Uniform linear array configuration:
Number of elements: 12
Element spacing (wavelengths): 1
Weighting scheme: uniform
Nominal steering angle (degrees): -30
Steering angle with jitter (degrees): -31.041
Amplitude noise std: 0.05
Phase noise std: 0.05

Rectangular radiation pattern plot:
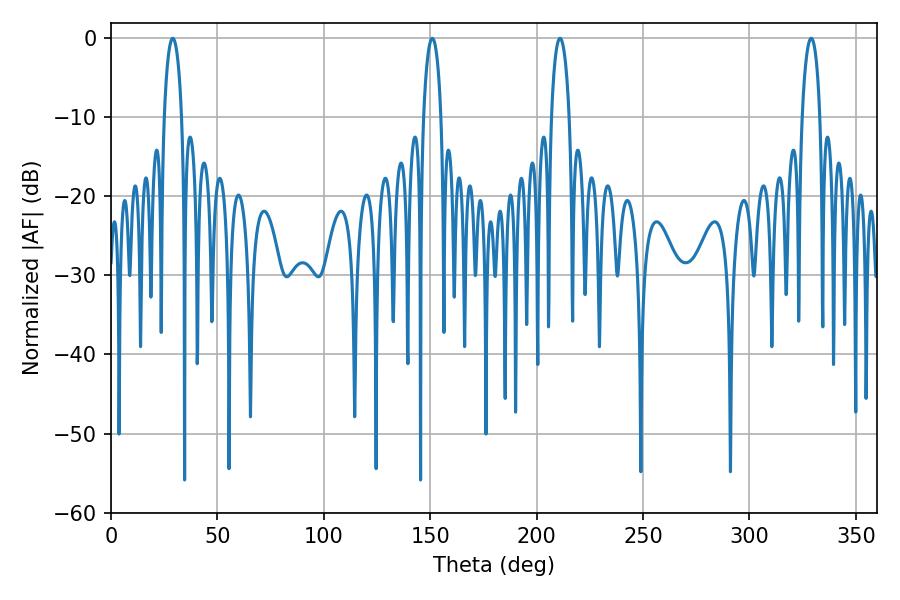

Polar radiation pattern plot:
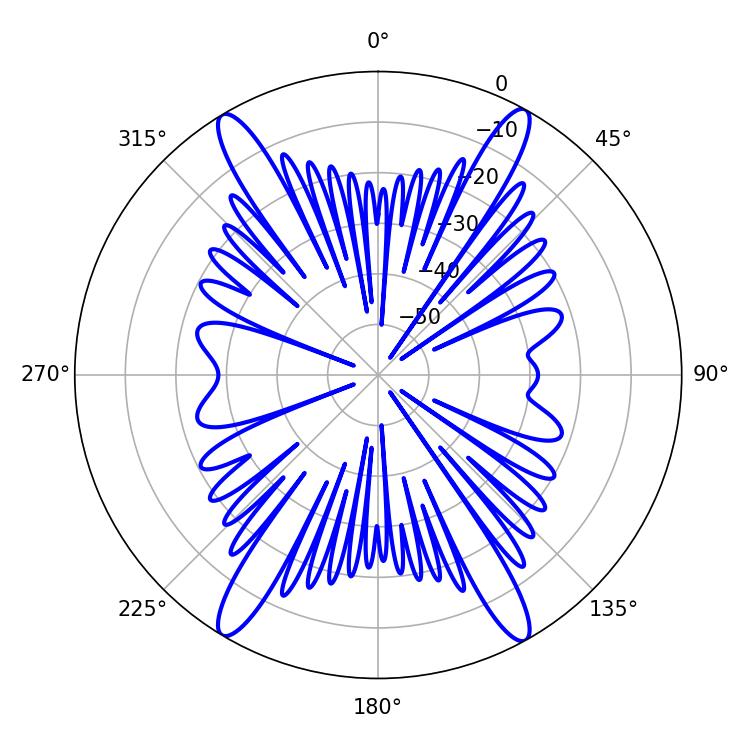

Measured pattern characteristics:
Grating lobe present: TRUE
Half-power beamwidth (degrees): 4.86
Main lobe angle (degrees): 329.04